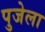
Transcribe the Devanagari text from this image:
पुजेला